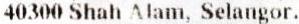
40300 SHAH ALAM, SELANGOR.